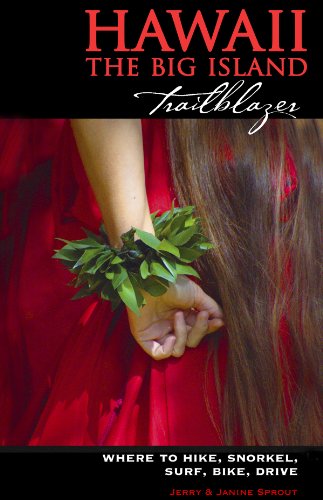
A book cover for Hawaii the Big Island Trailblazer: Where to Hike, Snorkel, Surf, Bike, Drive; Jerry Sprout; Travel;